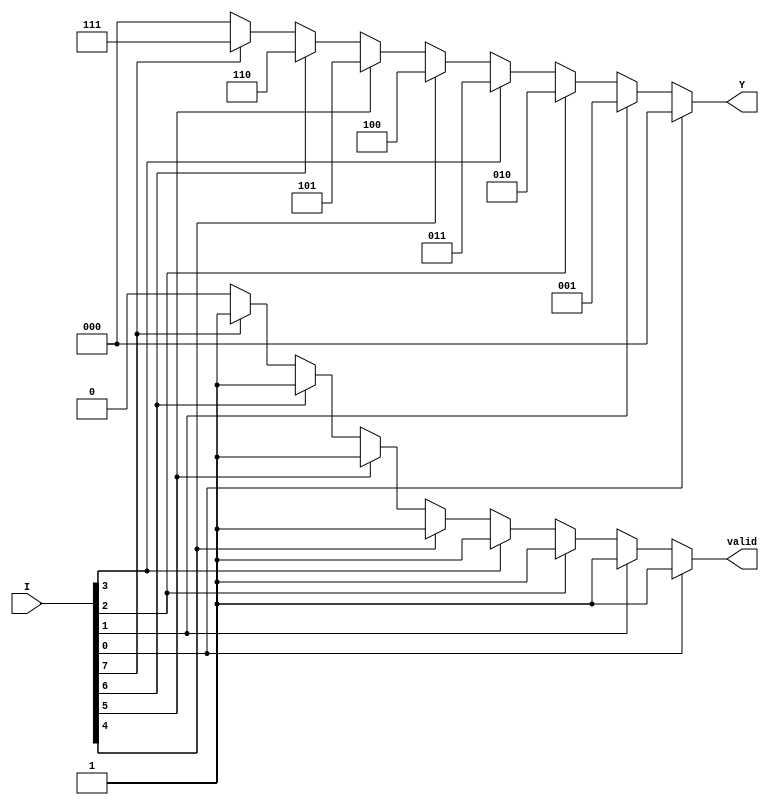
module encoder_8to3 (
    input wire [7:0] I,      // 8 input lines
    output reg [2:0] Y,      // 3 output lines
    output reg valid          // Output valid signal
);

// Combinational logic for encoding
always @(*) begin
    // Initialize outputs
    Y = 3'b000;               // Default output
    valid = 1'b0;            // Default valid signal

    // Priority encoding
    case (1'b1)
        I[0]: begin Y = 3'b000; valid = 1'b1; end
        I[1]: begin Y = 3'b001; valid = 1'b1; end
        I[2]: begin Y = 3'b010; valid = 1'b1; end
        I[3]: begin Y = 3'b011; valid = 1'b1; end
        I[4]: begin Y = 3'b100; valid = 1'b1; end
        I[5]: begin Y = 3'b101; valid = 1'b1; end
        I[6]: begin Y = 3'b110; valid = 1'b1; end
        I[7]: begin Y = 3'b111; valid = 1'b1; end
        default: begin Y = 3'b000; valid = 1'b0; end
    endcase
end

endmodule